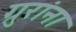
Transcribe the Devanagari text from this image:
ग्रुरांना